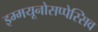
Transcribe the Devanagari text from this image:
इम्मयूनोसप्पेस्सिव